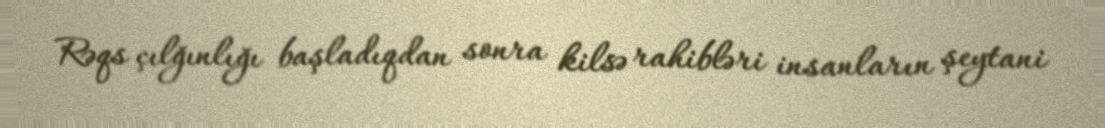
Rəqs çılğınlığı başladıqdan sonra kilsə rahibləri insanların şeytani